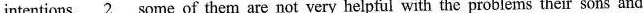
intentions,\underline{2} some of them are not very helpful with the problems their sons and